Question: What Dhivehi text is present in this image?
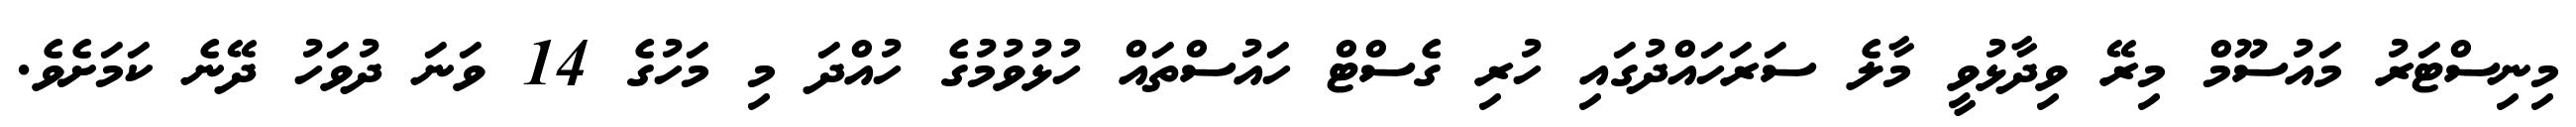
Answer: މިނިސްޓަރު މައުސޫމް މިރޭ ވިދާޅުވީ މާލެ ސަރަހައްދުގައި ހުރި ގެސްޓް ހައުސްތައް ހުޅުވުމުގެ ހުއްދަ މި މަހުގެ 14 ވަނަ ދުވަހު ދޭނެ ކަމަށެވެ.